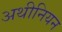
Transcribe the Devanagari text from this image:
अथीनियन